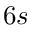
6 s